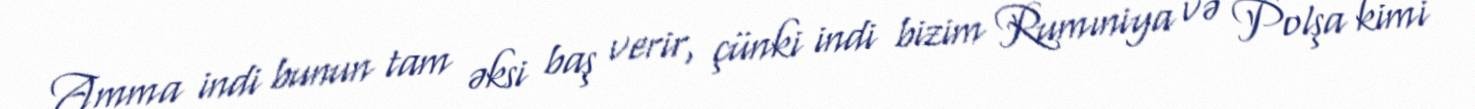
Amma indi bunun tam əksi baş verir, çünki indi bizim Rumıniya və Polşa kimi